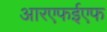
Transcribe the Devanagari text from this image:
आरएफईएफ